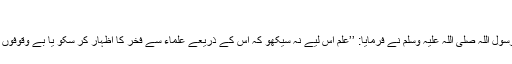
252)
جابر بن عبد اللہ رضی اللہ عنہ سے روایت ہے رسول اللہ صلی اللہ علیہ وسلم نے فرمایا: ’’علم اس لیے نہ سیکھو کہ اس کے ذریعے علماء سے فخر کا اظہار کر سکو یا بے وقوفوں سے مقابلہ کر سکو یا محفلوں میں ممتاز نظر آؤ۔